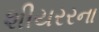
શીયરરના